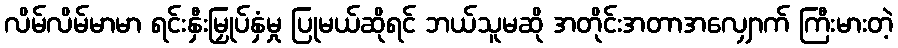
လိမ်လိမ်မာမာ ရင်းနှီးမြှုပ်နှံမှု ပြုမယ်ဆိုရင် ဘယ်သူမဆို အတိုင်းအတာအလျှောက် ကြီးမားတဲ့